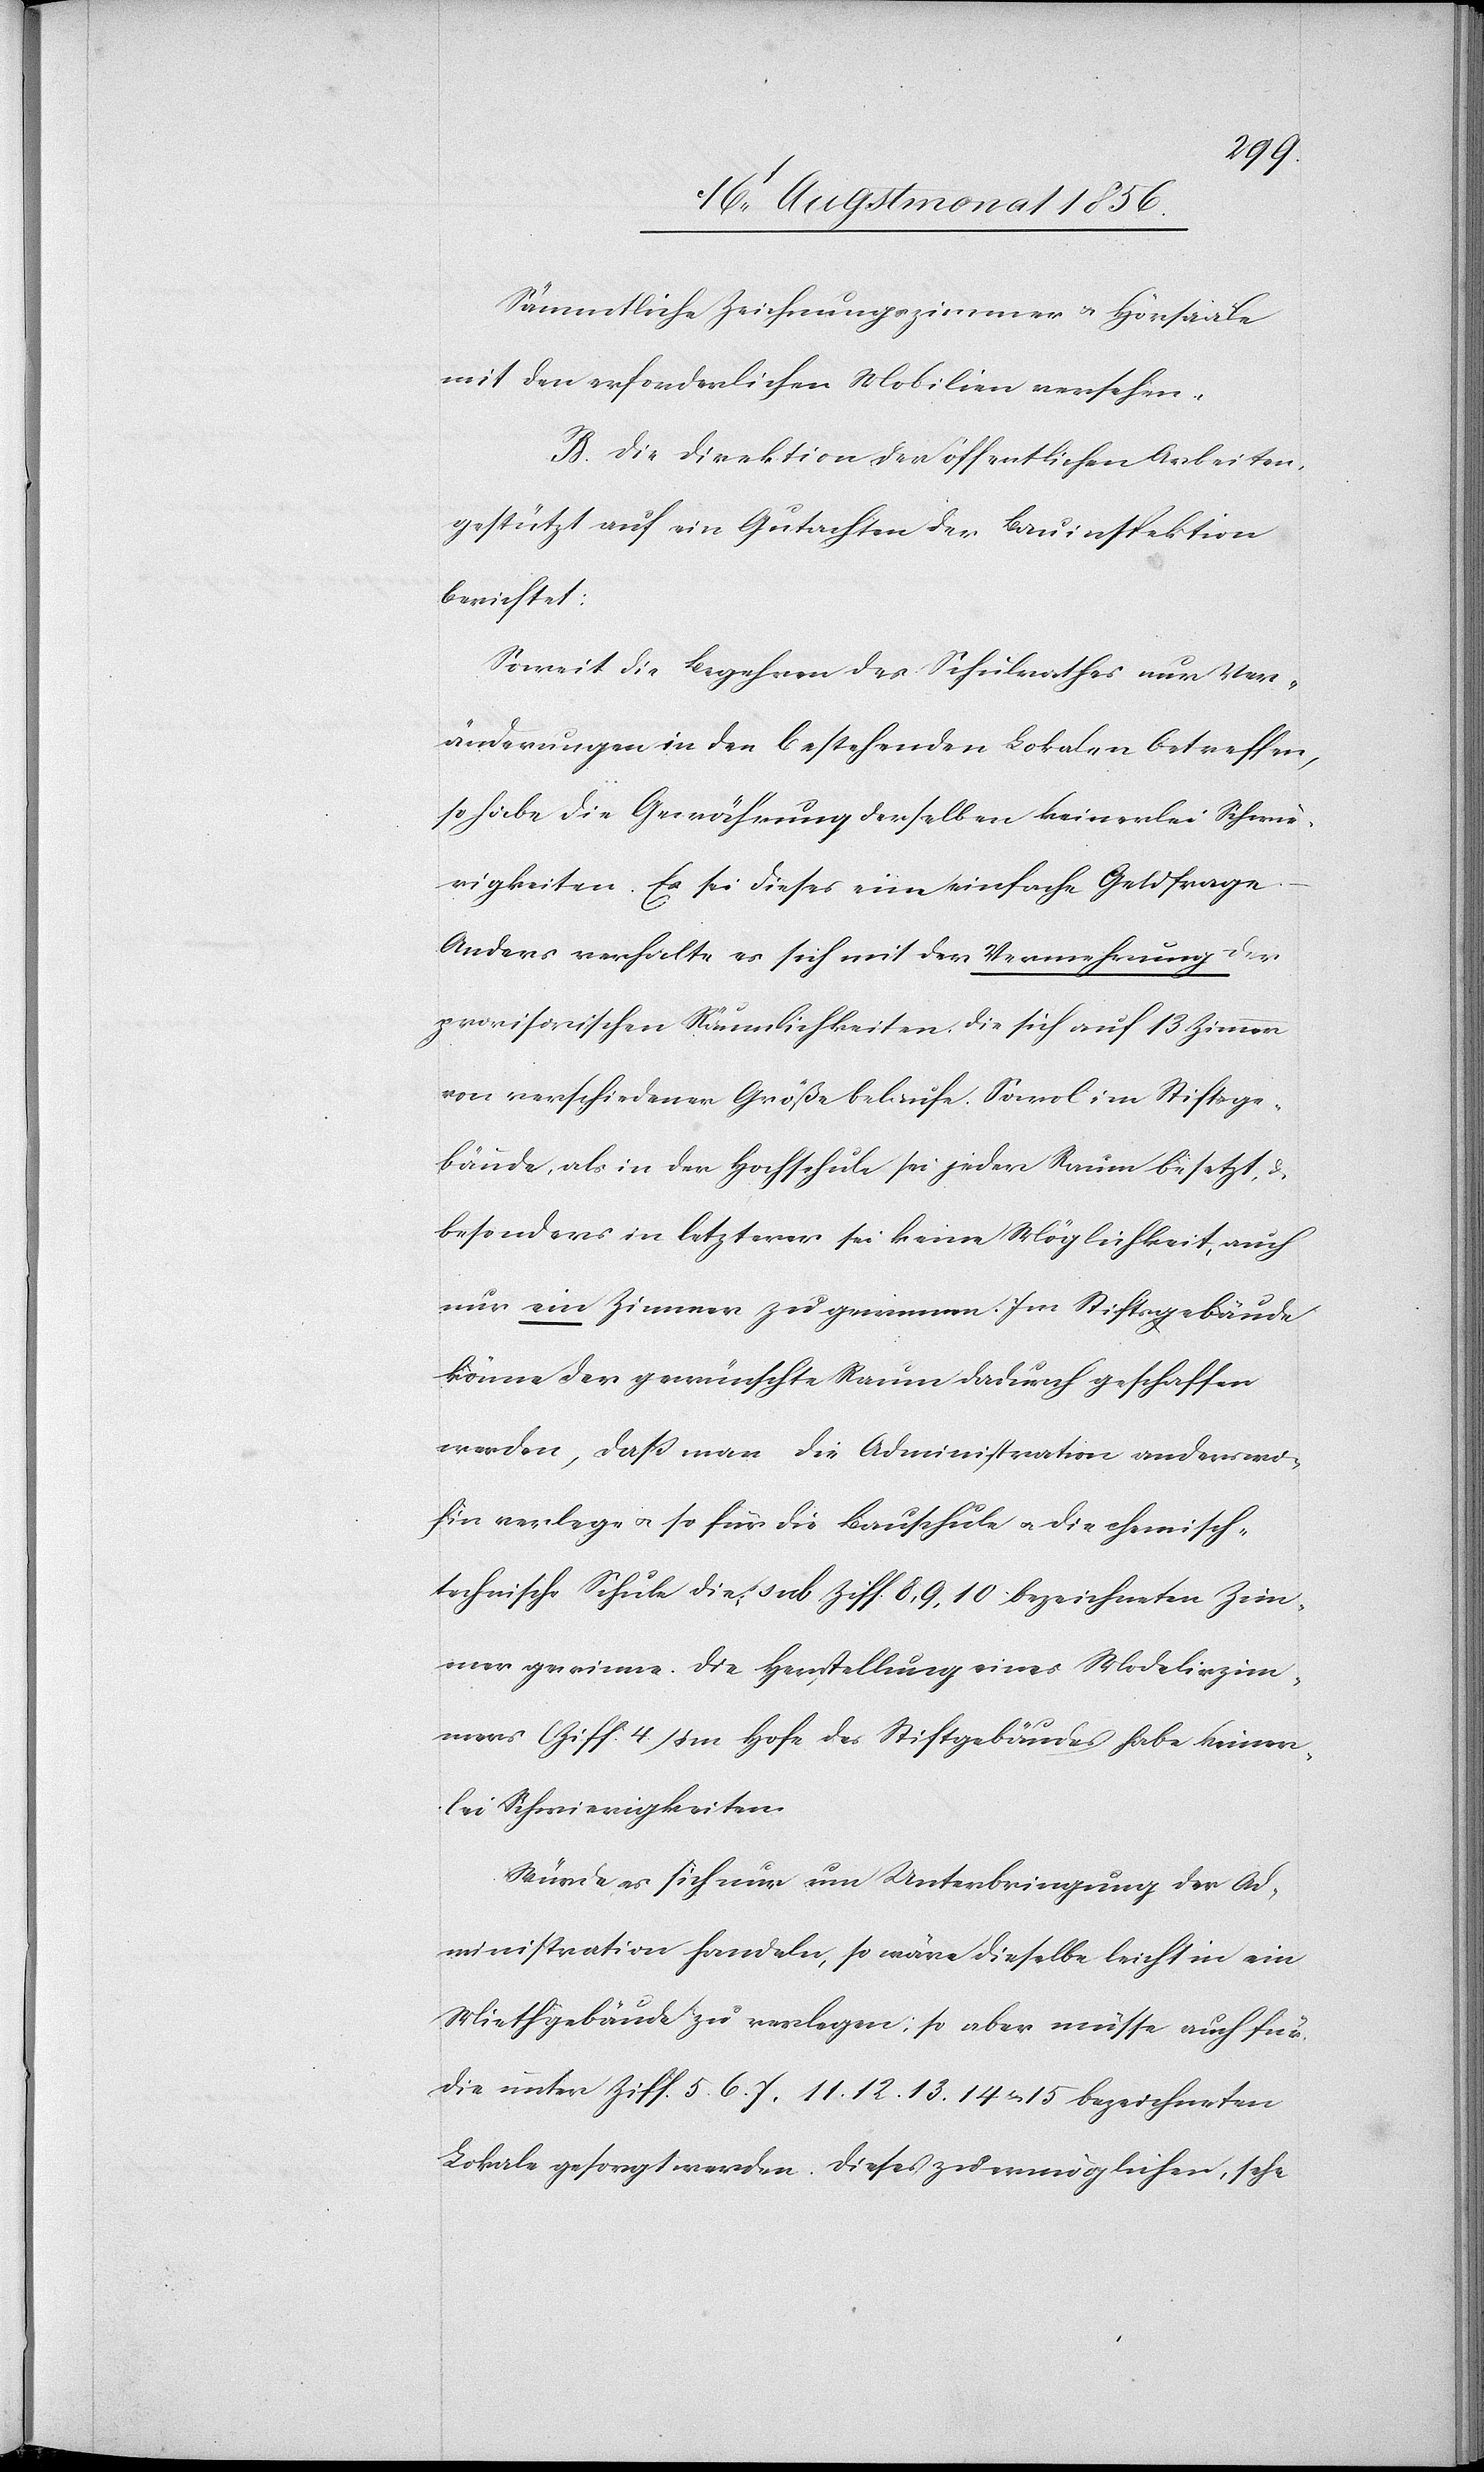
Sämmtliche Zeichnungszimmer u. Hörsääle
mit den erforderlichen Mobilien versehen.
B.) Die Direktion der öffentlichen Arbeiten
gestützt auf ein Gutachten der Bauinspektion
berichtet:
Soweit die Begehren des Schulrathes nur Ver¬
änderungen in den bestehenden Lokalen betreffen,
so habe die Gewährung derselben keinerlei Schwie¬
rigkeiten. Es sei dieses eine einfache Geldfrage.
Anders verhalte es sich mit der Vermehrung der
provisorischen Räumlichkeiten, die sich auf 13 Zimmer
von verschiedener Größe belaufe. Sowol im Stiftge¬
bäude, als in der Hochschule sei jeder Raum besetzt, &
besonders in letzterer sei keine Möglichkeit, auch
nur ein Zimmer zu gewinnen. Im Stiftsgebäude
könne der gewünschte Raum dadurch geschaffen
werden, dass man die Administration anders wo¬
hin verlege u. so für die Bauschule u. die chemisch-t¬
echnische Schule die sub Ziff. 8, 9, 10 bezeichneten Zim¬
mer gewinne. Die Herstellung eines Modelirzim¬
mers (Ziff. 4) im Hofe des Stiftgebäudes habe keiner¬
lei Schwierigkeiten[.]
Würde es sich nur um Unterbringung der Ad¬
ministration handeln, so wäre dieselbe leicht in ein
Miethgebäude zu verlegen; so aber müsse auch für
die unter Ziff. 5.[,] 6.[,] 7, 11.[,] 12.[,] 13.[,] 14 u. 15 bezeichneten
Lokale gesorgt werden. Dieses zu ermöglichen, sehe